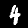
Label: 4